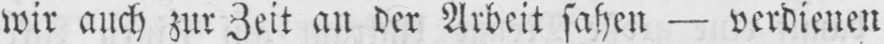
wir auch zur Zeit an der Arbeit sahen - verdienen